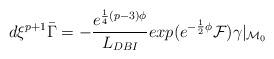
LaTeX: \begin{align*}d\xi^{p+1} \bar\Gamma = - {e^{{1\over 4} (p-3) \phi} \over L_{DBI}} exp(e^{{-{1\over 2}\phi}} {\cal F}) \gamma \vert_{{\cal M}_0}\end{align*}